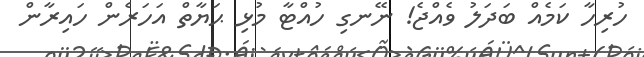
ހުރިހާ ކަމެއް ބަދަލު ވެއްޖެ! ނޭނގި ހުއްޓާ މުޅި ޙަޔާތް އަހަރެން ހައިރާން